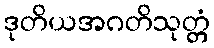
ဒုတိယအဂတိသုတ္တံ